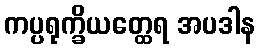
ကပ္ပရုက္ခိယတ္ထေရ အပဒါန